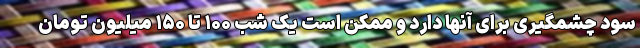
سود چشمگیری برای آنها دارد و ممکن است یک شب ۱۰۰ تا ۱۵۰ میلیون تومان